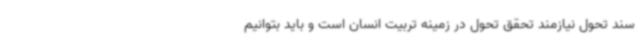
سند تحول نیازمند تحقق تحول در زمینه تربیت انسان است و باید بتوانیم